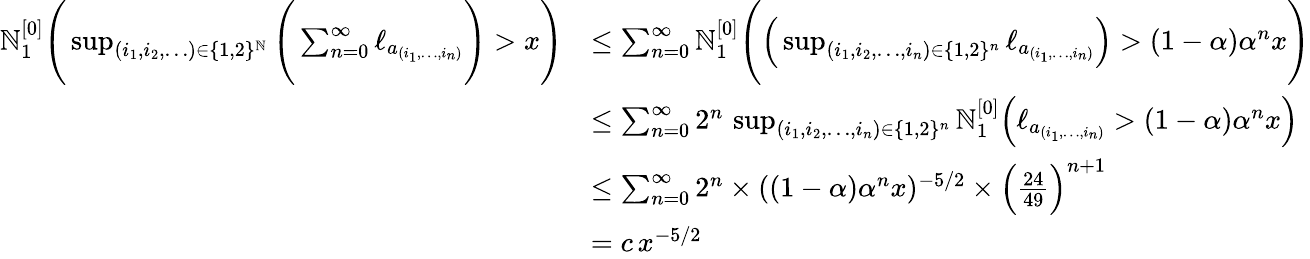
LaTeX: \begin{array}{rl}{\mathbb{N}_{1}^{[0]}\Bigg(\operatorname*{sup}_{(i_{1},i_{2},\ldots)\in\{ 1,2\} ^{\mathbb{N}}}\Bigg(\sum_{n=0}^{\infty}\ell_{a_{(i_{1},\ldots,i_{n})}}\Bigg)>x\Bigg)}&{\leq\sum_{n=0}^{\infty}\mathbb{N}_{1}^{[0]}\Bigg(\Big(\operatorname*{sup}_{(i_{1},i_{2},\ldots,i_{n})\in\{ 1,2\} ^{n}}\ell_{a_{(i_{1},\ldots,i_{n})}}\Big)>(1-\alpha)\alpha^{n}x\Bigg)}\\ &{\leq\sum_{n=0}^{\infty}2^{n}\, \operatorname*{sup}_{(i_{1},i_{2},\ldots,i_{n})\in\{ 1,2\} ^{n}}\mathbb{N}_{1}^{[0]}\Big(\ell_{a_{(i_{1},\ldots,i_{n})}}>(1-\alpha)\alpha^{n}x\Big)}\\ &{\leq\sum_{n=0}^{\infty}2^{n}\times((1-\alpha)\alpha^{n}x)^{-5/2}\times\Big(\frac{24}{49}\Big)^{n+1}}\\ &{=c\, x^{-5/2}}\end{array}